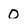
Character: 0